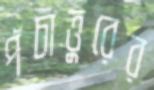
পঁচাত্তুরের